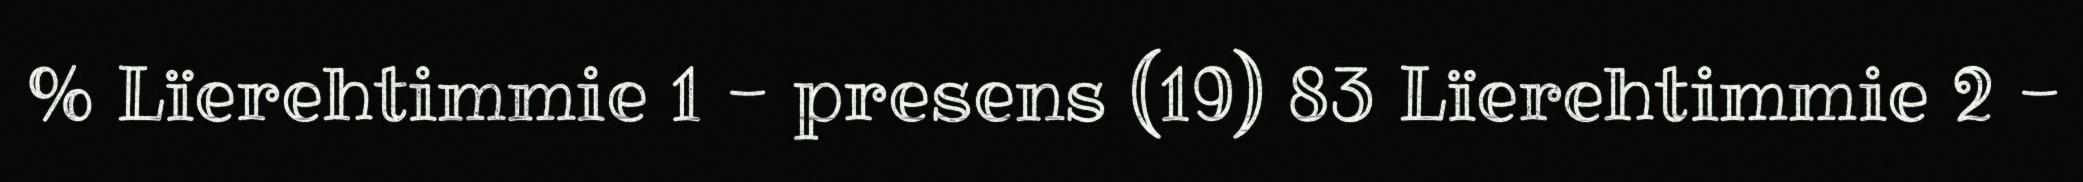
% Lïerehtimmie 1 - presens (19) 83 Lïerehtimmie 2 -